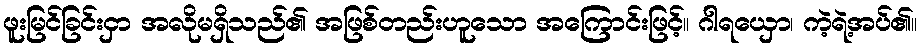
ဖူးမြင်ခြင်းငှာ အလိုမရှိသည်၏ အဖြစ်တည်းဟူသော အကြောင်းဖြင့်။ ဂါရယှော၊ ကဲ့ရဲ့အပ်၏။